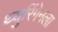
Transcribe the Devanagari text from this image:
थ्युरिंगेनला